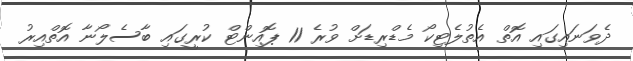
ދެވަނައިގައި އޮތް އެތުލެޓިކޯ މެޑްރިޑަށް ވުރެ 11 ޕޮއިންޓް ކުރީގައި ބާސެލޯނާ އޮތްއިރު